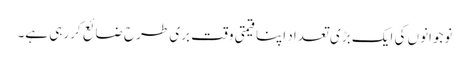
نوجوانوں کی ایک بڑی تعداد اپنا قیمتی وقت بری طرح ضائع کررہی ہے۔